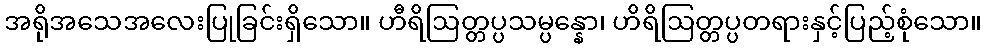
အရိုအသေအလေးပြုခြင်းရှိသော။ ဟီရိဩတ္တပ္ပသမ္ပန္နော၊ ဟိရိဩတ္တပ္ပတရားနှင့်ပြည့်စုံသော။